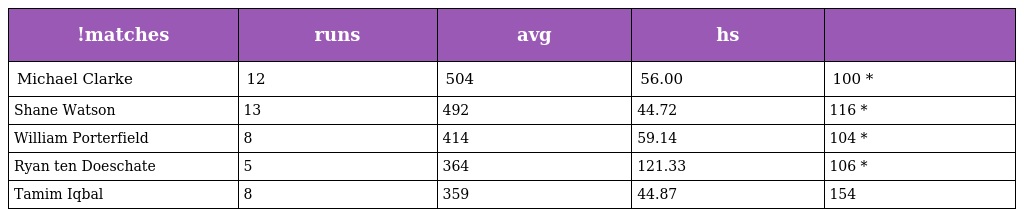
| !matches | runs | avg | hs |  |
 | --- | --- | --- | --- | --- |
 | Michael Clarke | 12 | 504 | 56.00 | 100 * |
 | Shane Watson | 13 | 492 | 44.72 | 116 * |
 | William Porterfield | 8 | 414 | 59.14 | 104 * |
 | Ryan ten Doeschate | 5 | 364 | 121.33 | 106 * |
 | Tamim Iqbal | 8 | 359 | 44.87 | 154 |